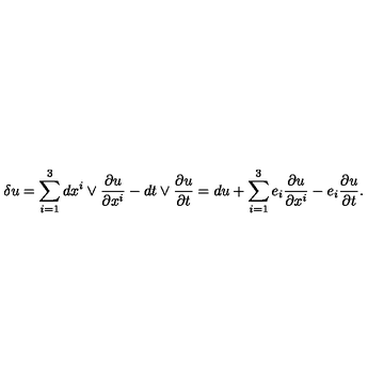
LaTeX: \delta u = \sum _ { i = 1 } ^ { 3 } d x ^ { i } \vee \frac { \partial u } { \partial x ^ { i } } - d t \vee \frac { \partial u } { \partial t } = d u + \sum _ { i = 1 } ^ { 3 } e _ { i } \frac { \partial u } { \partial x ^ { i } } - e _ { i } \frac { \partial u } { \partial t } .